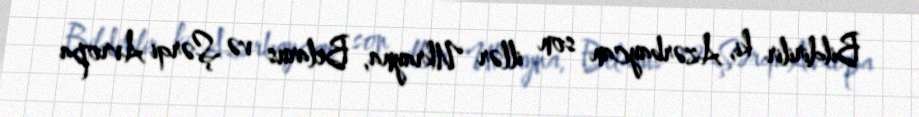
Bildirilir ki, Azərbaycan son illər Ukrayna, Belarus və Şərqi Avropa